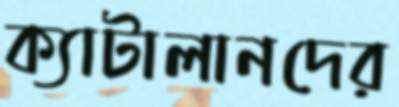
ক্যাটালানদের